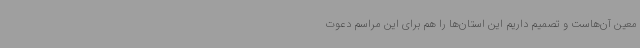
معین آن‌هاست و تصمیم داریم این استان‌ها را هم برای این مراسم دعوت